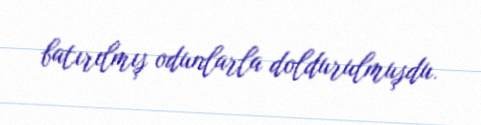
batırılmış odunlarla doldurulmuşdu.